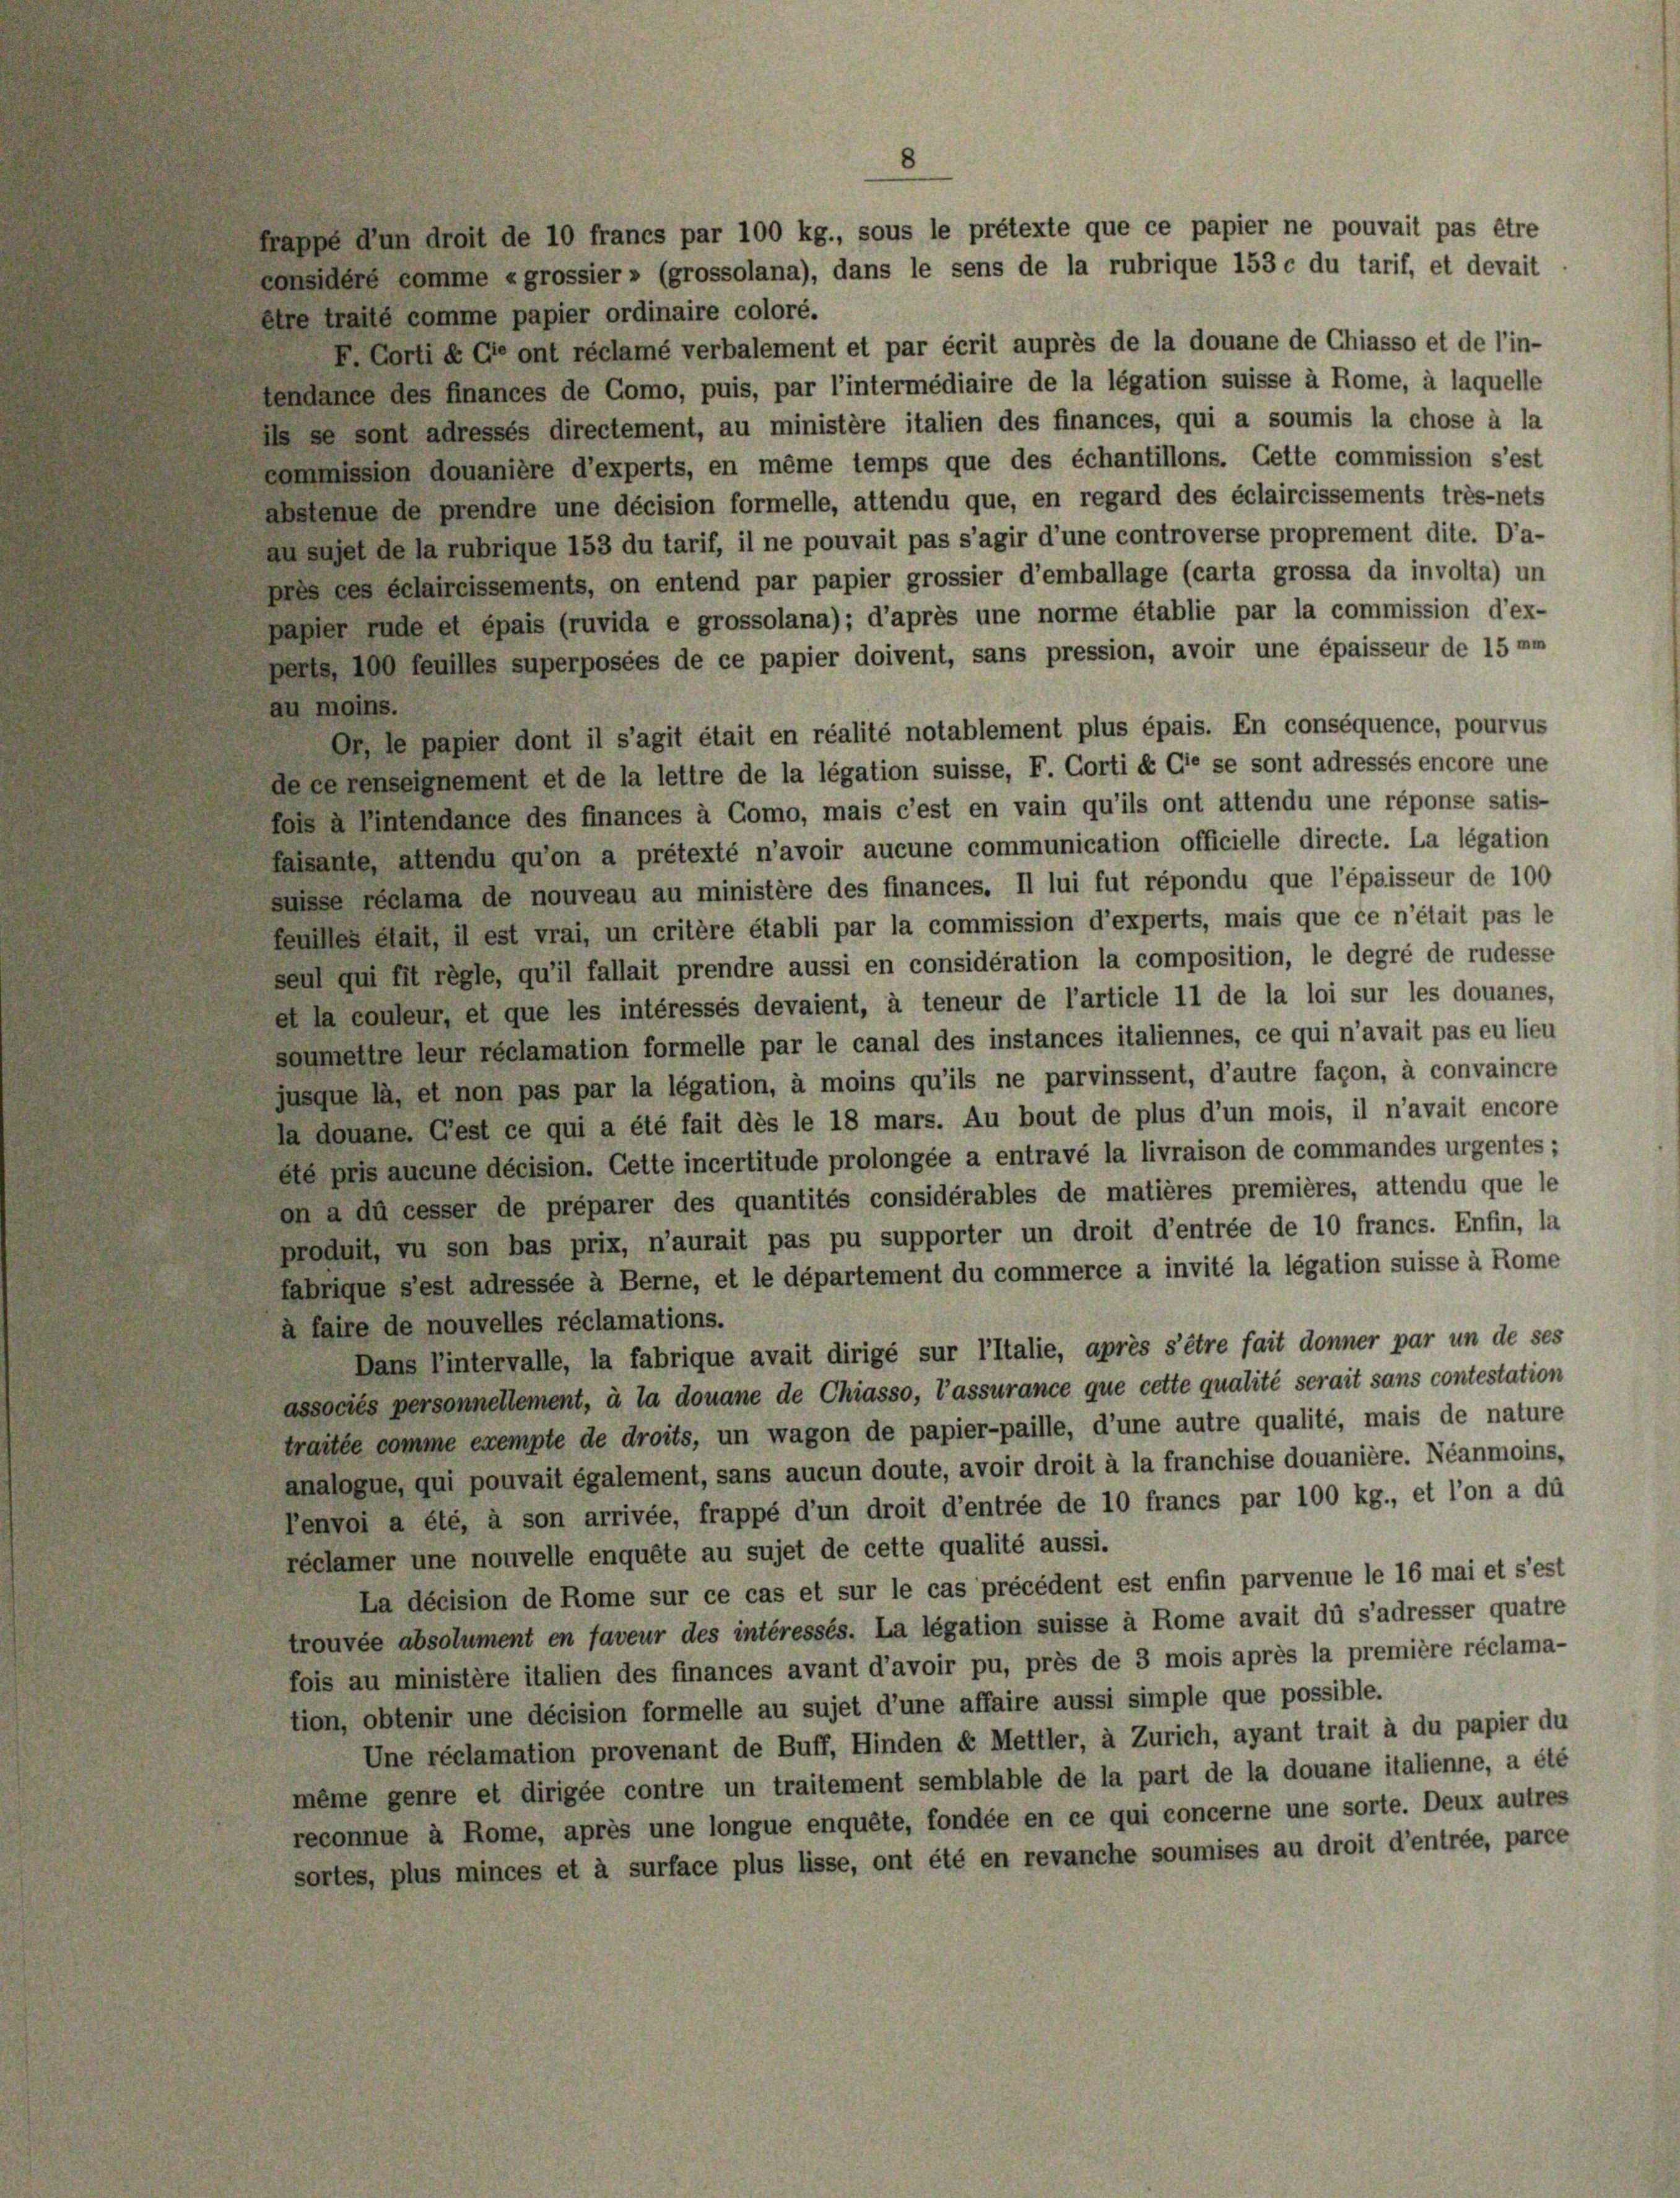
8

frappe d’un droit de 10 francs par 100 kg., sous le prétexte que ce papier ne pouvait pas être
considère comme «grossier» (grossolana), dans le sens de la rubrique 153 c du tarif, et devait
être traité comme papier ordinaire coloré.
F. Corti & Ge ont réclamé verbalement et par écrit auprès de la douane de Chiasso et de l’in-
tendance des finances de Como, puis, par l’intermédiaire de la légation suisse à Rome, à laquelle
ils se sont adressés directement, au ministère italien des finances, qui a soumis la chose à la
commission douanière d’experts, en même temps que des échantillons. Cette commission s’est
abstenue de prendre une décision formelle, attendu que, en regard des éclaircissements très-nets
au sujet de la rubrique 153 du tarif, il ne pouvait pas s’agir d’une controverse proprement dite. Da-
pres ces échaircissements, on entend par papier grossier d’emballage (carta grossa da involta) un
papier rude et épais (ruvida e grossolana); d’après une norme établie par la commission d’ex-
perte 100 feuilles superposées de ce papier doivent, sans pression, avoir une épaisseur de 15 mm
au moins.
Or, le papier dont il s’agit était en réalité notablement plus épais. En conséquence, pourvus
deferenseignement et de la lettre de la légation suisse, F. Corti & Cie se sont adressés encore une
fois a Pintendance des finances à Como, mais c’est en vain qu’ils ont attendu une réponse salis-
faisante, attendu qu’on a prétexté n’avoir aucune communication officielle directe. La légation
suisse réclama de nouveau au ministère des finances. Il lui fut répondu que l’épaisseur de 100
feuilles était, il est vrai, un critère établi par la commission d’experts, mais que ce n’était pas le
seul qui fit règle, qu’il fallait prendre aussi en considération la composition, le degré de rudesse
et la couleur, et que les intéressés devaient, à teneur de l’article 11 de la loi sur les douanes,
soumettre leur réclamation formelle par le canal des instances italiennes, ce qui n’avait pas eu lieu
jusque la, et non pas par la légation, à moins qu’ils ne parvinssent, d’autre façon, à convaincre
la douane. Gest ce qui a été fait dès le 18 mars. Au bout de plus d’un mois, il n’avait encore
ête pris aucune décision. Cette incertitude prolongée a entravé la livraison de commandes urgentes;
on a dû cesser de préparer des quantités considérables de matières premières, attendu que le
produit, zu son bas prix, n’aurait pas pu supporter un droit d’entrée de 10 francs. Enfin, la
fabrique s’est adressée à Berne, et le département du commerce a invité la légation suisse à Rome
à faire de nouvelles réclamations.
Dans l’intervalle, la fabrique avait dirigé sur l’Italie, après s’être fait donner par un de ses
associés personnellement, à la douane de Chiasso, l’assurance que cette qualité serait sans contestation
traitée comme exempte de droits, un wagon de papier-paille, d’une autre qualité, mais de nature
analogue, qui pouvait également, sans aucun doute, avoir droit à la franchise douanière. Néanmoins,
Penvoi a été, à son arrivée, frappé d’un droit d’entrée de 10 francs par 100 kg., et l’on a du
réclamer une nouvelle enquête au sujet de cette qualité aussi.
La décision de Rome sur ce cas et sur le cas précédent est enfin parvenue le 16 mai et s’est
trouvée absolument en faveur des intéressés. La légation suisse à Rome avait dü s’adresser quatre
fois au ministère italien des finances avant d’avoir pu, près de 3 mois après la première réclama-
tion, obtenir une décision formelle au sujet d’une affaire aussi simple que possible.
Une réclamation provenant de Buff, Hinden « Mettler, à Zürich, ayant trait à du papier du
même genre et dirigée contre un traitement semblable de la part de la douane italienne, a été
reconnue à Rome, après une longue enquête, fondée en ce qui concerne une sorte. Deux autres
sortes, plus minces et à surface plus lisse, ont été en revanche soumises au droit d’entrée, parce